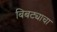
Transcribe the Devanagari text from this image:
बिबट्याचा